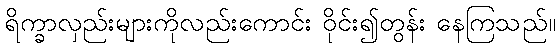
ရိက္ခာလှည်းများကိုလည်းကောင်း ဝိုင်း၍တွန်း နေကြသည်။